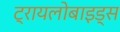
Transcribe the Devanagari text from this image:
ट्रायलोबाइड्स